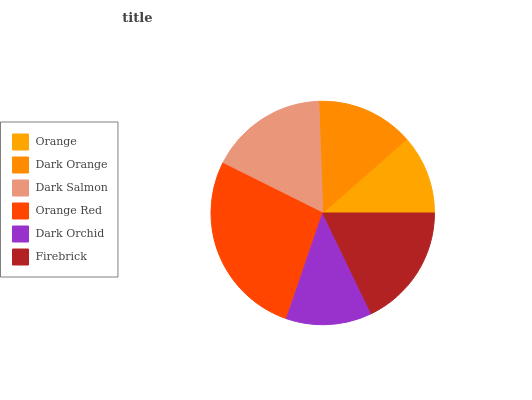
| Orange | Dark Orange | Dark Salmon | Orange Red | Dark Orchid | Firebrick |
 | --- | --- | --- | --- | --- | --- |
 | 11.5% | 14.1% | 17% | 27.1% | 12.4% | 17.8% |